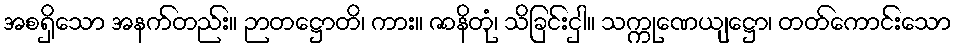
အစရှိသော အနက်တည်း။ ဉာတဋ္ဌောတိ၊ ကား။ ဇာနိတုံ၊ သိခြင်းငှါ။ သက္ကုဏေယျဋ္ဌော၊ တတ်ကောင်းသော